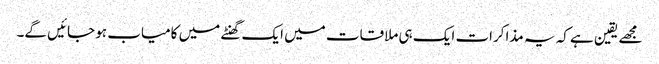
مجھے یقین ہے کہ یہ مذاکرات ایک ہی ملاقات میں ایک گھنٹے میں کامیاب ہو جائیں گے۔